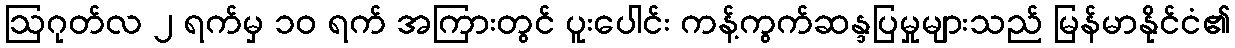
ဩဂုတ်လ ၂ ရက်မှ ၁၀ ရက် အကြားတွင် ပူးပေါင်း ကန့်ကွက်ဆန္ဒပြမှုများသည် မြန်မာနိုင်ငံ၏